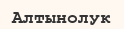
Алтынолук